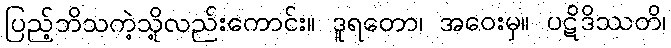
ပြည့်ဘိသကဲ့သို့လည်းကောင်း။ ဒူရတော၊ အဝေးမှ။ ပဋိဒိဿတိ၊